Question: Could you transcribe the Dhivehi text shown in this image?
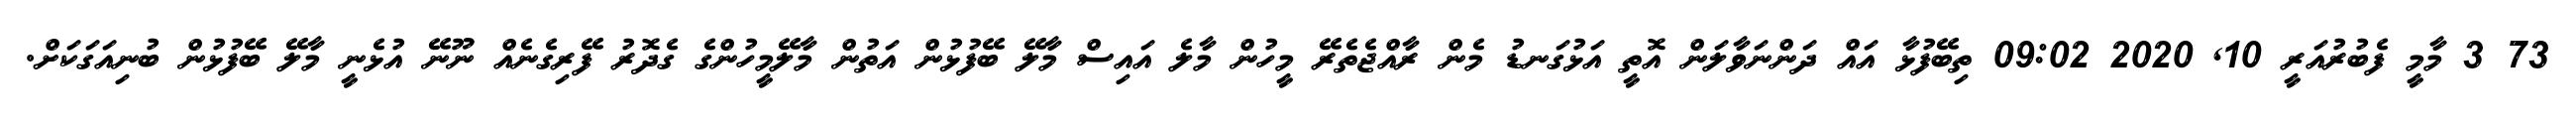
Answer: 73 3 މާމީ ފެބުރުއަރީ 10, 2020 09:02 ތިބޭފުޅާ އައް ދަންނަވާލަން އޮތީ އަޅުގަނޑު މެން ރާއްޖެތެރޭ މީހުން މާލެ އައިސް މާލޭ ބޭފުޅުން އަތުން މާލޭމީހުންގެ ގެދޮރު ފޭރިގެނެއް ނޫނޭ އުޅެނީ މާލޭ ބޭފުޅުން ބުނިއަގަކަށް.